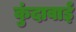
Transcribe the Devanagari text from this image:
कुंदावाई